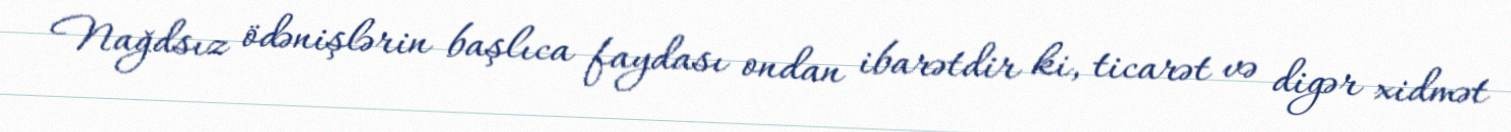
Nağdsız ödənişlərin başlıca faydası ondan ibarətdir ki, ticarət və digər xidmət